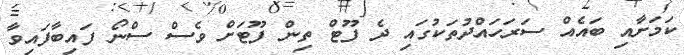
ކަމަށާއި ބައެއް ސަރަހައްދުތަކުގައި ދެ ފޫޓް ތިން ފޫޓަށް ވެސް ސްނޯ ފައިބާފައިވާ